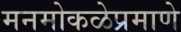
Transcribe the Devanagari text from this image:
मनमोकळेप्रमाणे